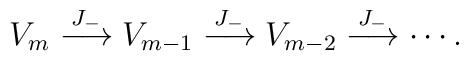
V_m \stackrel{J_-}{\longrightarrow} V_{m-1} \stackrel{J_-}{\longrightarrow}        V_{m-2} \stackrel{J_-}{\longrightarrow} \cdots.